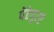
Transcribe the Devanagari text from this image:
पेठेपुरते